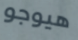
هيوجو